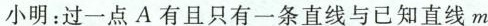
小明：过一点A有且只有一条直线与已知直线m